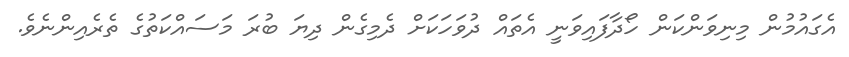
އެގައުމުން މިނިވަންކަން ހޯދާފައިވަނީ އެތައް ދުވަހަކަށް ދެމިގެން ދިޔަ ބުރަ މަސައްކަތުގެ ތެރެއިންނެވެ.